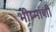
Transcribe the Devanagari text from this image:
भीष्मांशी